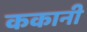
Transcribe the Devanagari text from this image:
ककानी